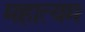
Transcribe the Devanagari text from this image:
महात्यम